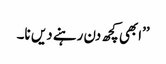
’’ابھی کچھ دن رہنے دیں نا۔